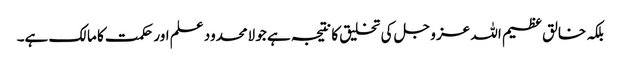
بلکہ خالق عظیم اللہ عز و جل کی تخلیق کا نتیجہ ہے جو لامحدود علم اور حکمت کا مالک ہے۔